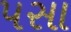
પસા